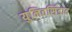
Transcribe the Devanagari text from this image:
युनिवर्सिडाद